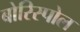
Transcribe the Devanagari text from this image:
बोरिस्पोल